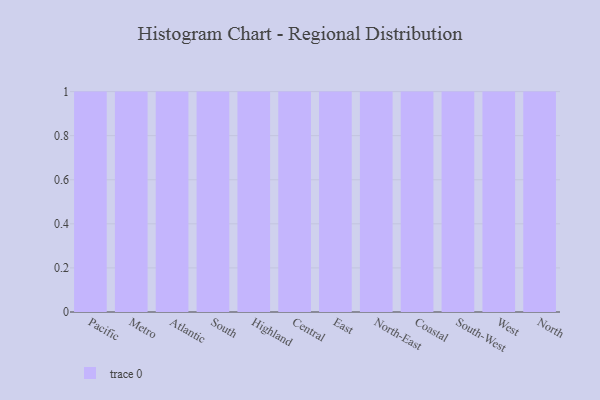
{"axis": {"x": "Region", "y": "Budget (USD K)"}, "legend": [""], "data": [{"x": "Pacific", "y": 21, "type": ""}, {"x": "Metro", "y": 95, "type": ""}, {"x": "Atlantic", "y": 75, "type": ""}, {"x": "South", "y": 29, "type": ""}, {"x": "Highland", "y": 49, "type": ""}, {"x": "Central", "y": 46, "type": ""}, {"x": "East", "y": 58, "type": ""}, {"x": "North-East", "y": 36, "type": ""}, {"x": "Coastal", "y": 75, "type": ""}, {"x": "South-West", "y": 30, "type": ""}, {"x": "West", "y": 66, "type": ""}, {"x": "North", "y": 88, "type": ""}]}